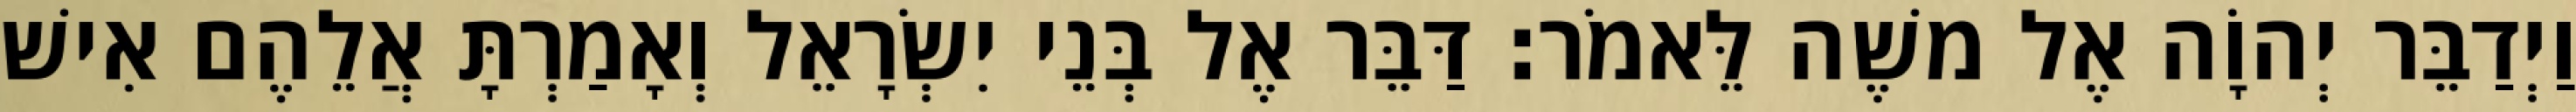
וַיְדַבֵּר יְהוָֹה אֶל משֶׁה לֵּאמֹר׃ דַּבֵּר אֶל בְּנֵי יִשְׂרָאֵל וְאָמַרְתָּ אֲלֵהֶם אִישׁ